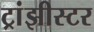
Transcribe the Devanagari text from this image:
ट्रांझीस्टर